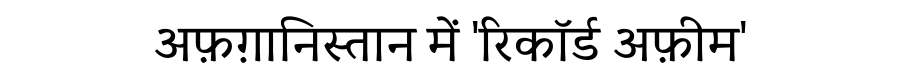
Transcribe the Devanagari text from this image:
अफ़ग़ानिस्तान में 'रिकॉर्ड अफ़ीम'